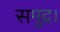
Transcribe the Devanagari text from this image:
समुद्र।